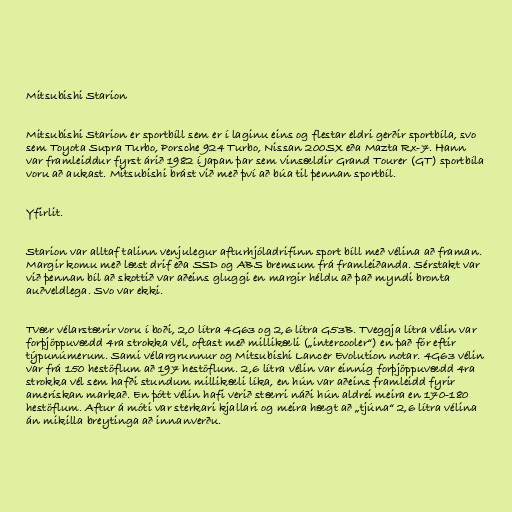
Mitsubishi Starion

Mitsubishi Starion er sportbíll sem er í laginu eins og flestar eldri gerðir sportbíla, svo
sem Toyota Supra Turbo, Porsche 924 Turbo, Nissan 200SX eða Mazta Rx-7. Hann
var framleiddur fyrst árið 1982 í Japan þar sem vinsældir Grand Tourer (GT) sportbíla
voru að aukast. Mitsubishi brást við með því að búa til þennan sportbíl.

Yfirlit.

Starion var alltaf talinn venjulegur afturhjóladrifinn sport bíll með vélina að framan.
Margir komu með læst drif eða SSD og ABS bremsum frá framleiðanda. Sérstakt var
við þennan bíl að skottið var aðeins gluggi en margir héldu að það myndi bronta
auðveldlega. Svo var ekki.

Tvær vélarstærir voru í boði, 2,0 lítra 4G63 og 2,6 lítra G53B. Tveggja lítra vélin var
forþjöppuvædd 4ra strokka vél, oftast með millikæli („intercooler“) en það fór eftir
týpunúmerum. Sami vélargrunnur og Mitsubishi Lancer Evolution notar. 4G63 vélin
var frá 150 hestöflum að 197 hestöflum. 2,6 lítra vélin var einnig forþjöppuvædd 4ra
strokka vél sem hafði stundum millikæli líka, en hún var aðeins framleidd fyrir
amerískan markað. En þótt vélin hafi verið stærri náði hún aldrei meira en 170-180
hestöflum. Aftur á móti var sterkari kjallari og meira hægt að „tjúna“ 2,6 lítra vélina
án mikilla breytinga að innanverðu.